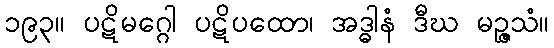
၁၉၃။ ပဋိမဂ္ဂေါ ပဋိပထော၊ အဒ္ဓါနံ ဒီဃ မဉ္ဇသံ။